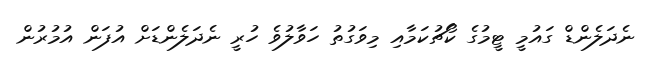
ނެދަލެންޑް ގައުމީ ޓީމުގެ ކޯޗުކަމާއި މިވަގުތު ހަވާލުވެ ހުރީ ނެދަލެންޑަށް އުފަން އުމުރުން